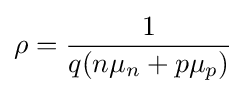
\rho ={\frac {1}{q(n\mu _{n}+p\mu _{p})}}